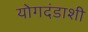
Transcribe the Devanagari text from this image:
योगदंडाशी